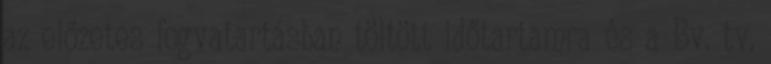
az előzetes fogvatartásban töltött időtartamra és a Bv. tv.